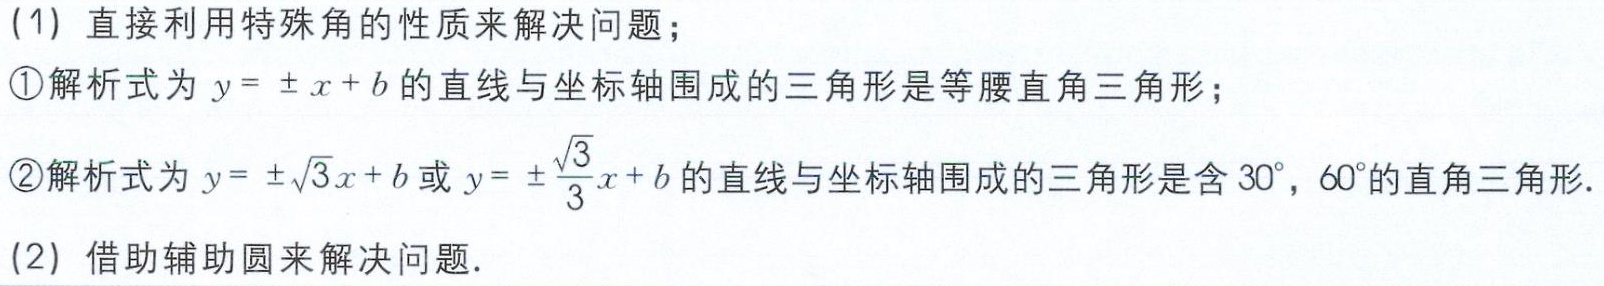
(1) 直接利用特殊角的性质来解决问题；

\textcircled{1}解析式为\(y = \pm x + b\)的直线与坐标轴围成的三角形是等腰直角三角形；

\textcircled{2}解析式为\(y = \pm\sqrt{3}x + b\)或\(y = \pm\frac{\sqrt{3}}{3}x + b\)的直线与坐标轴围成的三角形是含\(30^{\circ},60^{\circ}\)的直角三角形.

(2) 借助辅助圆来解决问题.